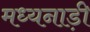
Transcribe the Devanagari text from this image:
मध्यनाड़ी